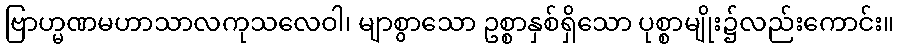
ဗြာဟ္မဏမဟာသာလကုသလေဝါ၊ မျာစွာသော ဥစ္စာနှစ်ရှိသော ပုစ္စာမျိုး၌လည်းကောင်း။